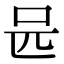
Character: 𠯕